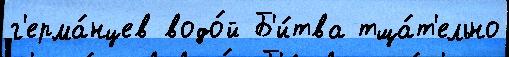
г'ерма́нцев водо́й Б'и́тва тща́т'ельно